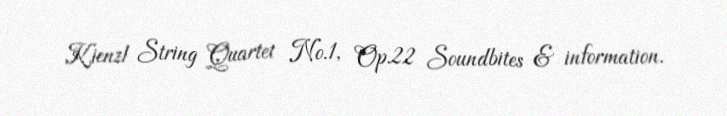
Kienzl String Quartet No.1, Op.22 Soundbites & information.